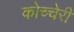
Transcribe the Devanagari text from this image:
कोच्चेरी